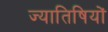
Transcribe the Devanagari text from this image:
ज्यातिषियों